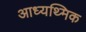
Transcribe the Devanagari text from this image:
आध्यथ्मिक